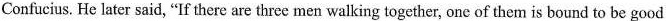
Confucius. He later said, "If there are three men walking together, one of them is bound to be good